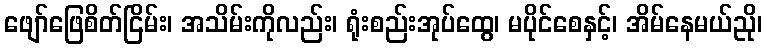
ဖျော်ဖြေစိတ်ငြိမ်း၊ အသိမ်းကိုလည်း၊ ရုံးစည်းအုပ်ထွေ၊ မပိုင်စေနှင့်၊ အိမ်နေမယ်ညို၊